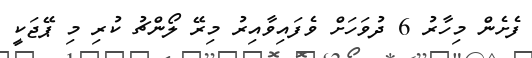
ފެށެން މިހާރު 6 ދުވަހަށް ވެފައިވާއިރު މިރޭ ލޯންޗު ކުރި މި ޕޭޖަކީ